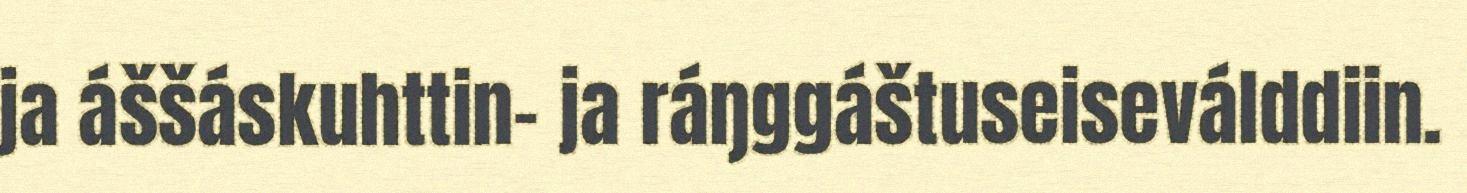
ja áššáskuhttin- ja ráŋggáštuseiseválddiin.